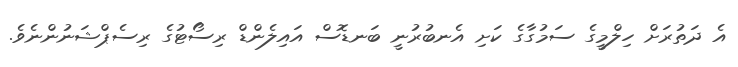
އެ ދަތުރަށް ހިލްމީގެ ސަމުގާގެ ކަށި އެނބުރުނީ ބަނޑޮސް އައިލެންޑް ރިސޯޓުގެ ރިސެޕްޝަނުންނެވެ.